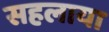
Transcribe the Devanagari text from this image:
सहलाया